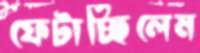
ফেটাচ্ছিলেম